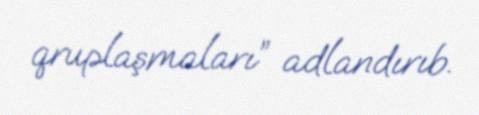
qruplaşmaları” adlandırıb.